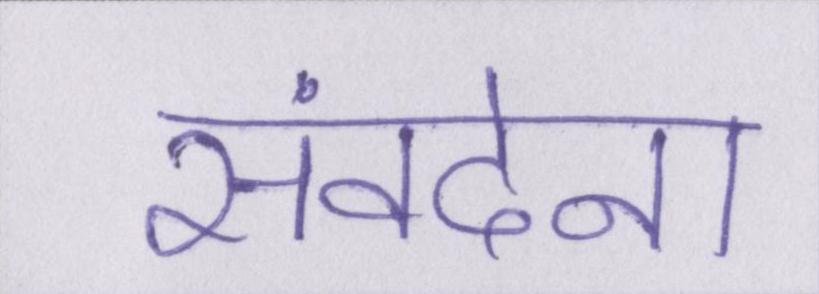
संवदेना